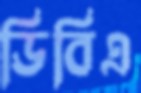
ডিবিএ